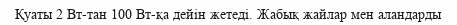
Қуаты 2 Вт-тан 100 Вт-қа дейін жетеді. Жабық жайлар мен аландарды